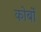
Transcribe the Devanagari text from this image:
कोर्बो